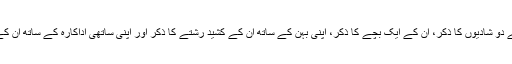
جیسے ان کی تین میں سے دو شادیوں کا ذکر، ان کے ایک بچے کا ذکر، اپنی بہن کے ساتھ ان کے کشید رشتے کا ذکر اور اپنی ساتھی اداکارہ کے ساتھ ان کے معاشقے کا ذکر وغیرہ۔